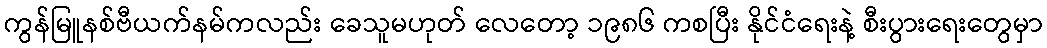
ကွန်မြူနစ်ဗီယက်နမ်ကလည်း ခေသူမဟုတ် လေတော့ ၁၉၈၆ ကစပြီး နိုင်ငံရေးနဲ့ စီးပွားရေးတွေမှာ